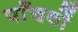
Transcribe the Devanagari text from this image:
पाँचवों